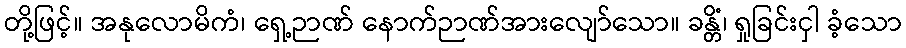
တို့ဖြင့်။ အနုလောမိကံ၊ ရှေ့ဉာဏ် နောက်ဉာဏ်အားလျော်သော။ ခန္တိံ၊ ရှုခြင်းငှါ ခံ့သော